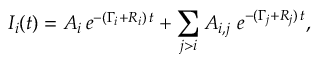
I _ { i } ( t ) = A _ { i } \, e ^ { - ( \Gamma _ { i } + R _ { i } ) \, t } + \sum _ { j > i } A _ { i , j } ~ e ^ { - ( \Gamma _ { j } + R _ { j } ) \, t } ,